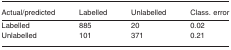
<table><thead><tr><td><b>Actual/predicted</b></td><td><b>Labelled</b></td><td><b>Unlabelled</b></td><td><b>Class. error</b></td></tr></thead><tbody><tr><td>Labelled</td><td>885</td><td>20</td><td>0.02</td></tr><tr><td>Unlabelled</td><td>101</td><td>371</td><td>0.21</td></tr></tbody></table>